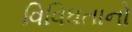
વિવિધતાનો